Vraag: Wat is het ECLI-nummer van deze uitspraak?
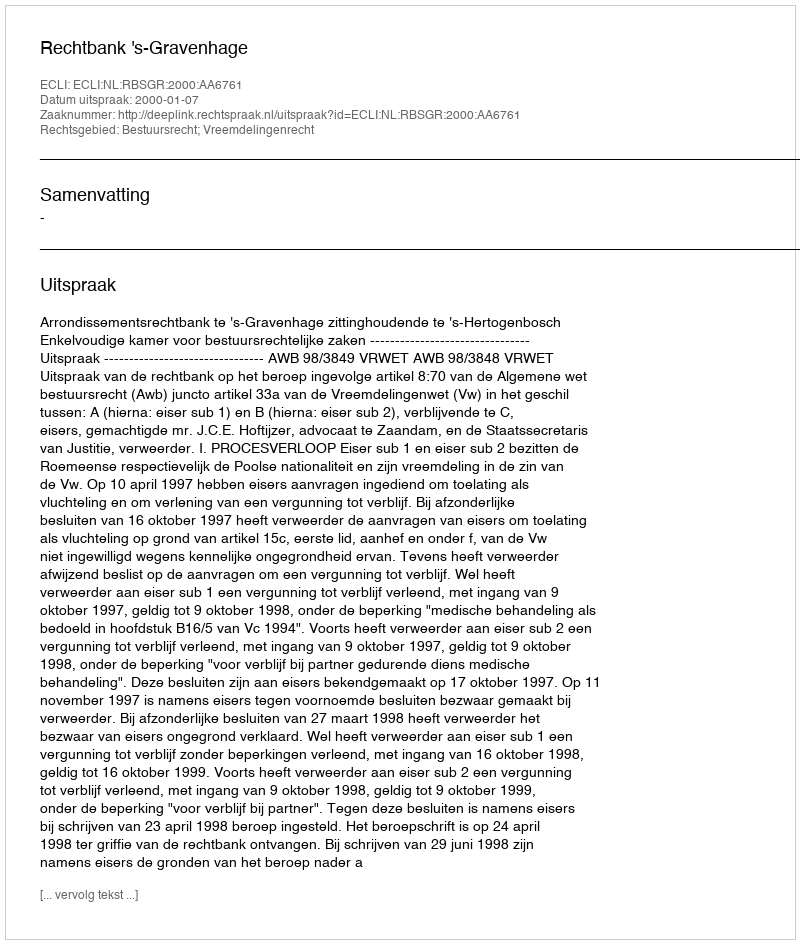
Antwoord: ECLI:NL:RBSGR:2000:AA6761